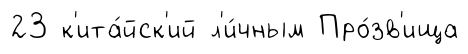
23 к'ита́йск'ий л'и́чным Про́зв'ища